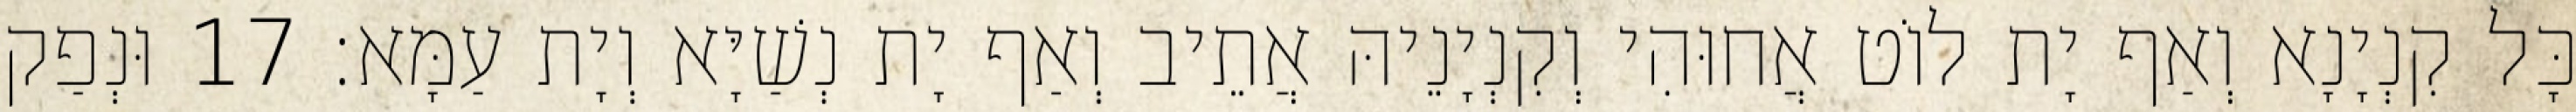
כָּל קִנְיָנָא וְאַף יָת לוֹט אֲחוּהִי וְקִנְיָנֵיהּ אֲתֵיב וְאַף יָת נְשַׁיָּא וְיָת עַמָּא׃ 17 וּנְפַק